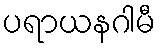
ပရာယနဂါမီ